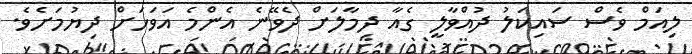
ލިއަމް ވެސް ސައިކަލު ދުއްވާލީ ގެއާ ދިމާލަށް ދެވޭނެ އެންމެ އަވަހަށް ދިޔުމަށެވެ.